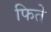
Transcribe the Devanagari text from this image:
फिते